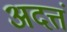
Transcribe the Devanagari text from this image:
अदत्तं